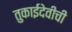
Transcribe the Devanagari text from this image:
तुकाईदेवीची